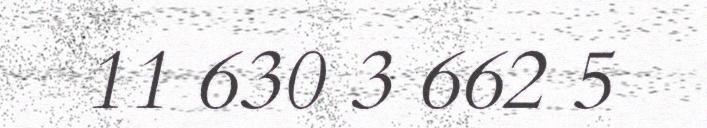
11 630 3 662 5